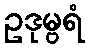
ဥဒုမ္ဗရံ